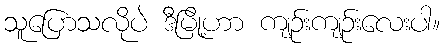
သူပြောသလိုပဲ ဒီမြို့ဟာ ကျဉ်းကျဉ်းလေးပါ။